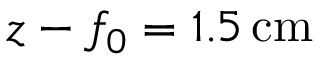
z - f _ { 0 } = 1 . 5 \, \mathrm { c m }